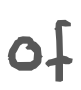
Text: of
Cross-out: clean
Writing tool: digital_gray